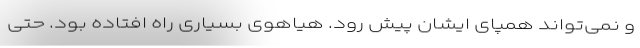
و نمی‌تواند همپای ایشان پیش رود. هیاهوی بسیاری راه افتاده بود. حتی